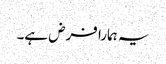
یہ ہمارا فرض ہے۔